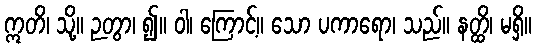
ဣတိ၊ သို့။ ဉတွာ၊ ၍။ ဝါ၊ ကြောင့်။ သော ပကာရော၊ သည်။ နတ္ထိ၊ မရှိ။